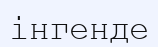
інгенде